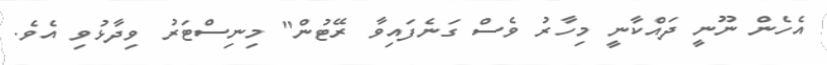
އެހެން ނޫނީ ދައްކާނީ މިހާރު ވެސް ގަނެފައިވާ ރޭޓުން" މިނިސްޓަރު ވިދާޅުވި އެވެ.